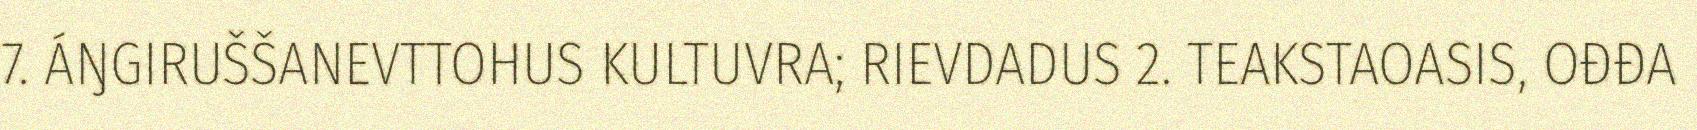
7. ÁŊGIRUŠŠANEVTTOHUS KULTUVRA; RIEVDADUS 2. TEAKSTAOASIS, OĐĐA